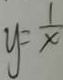
y = \frac { 1 } { x }